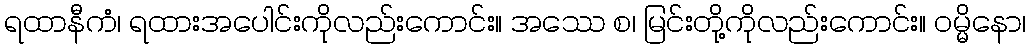
ရထာနီကံ၊ ရထားအပေါင်းကိုလည်းကောင်း။ အဿေ စ၊ မြင်းတို့ကိုလည်းကောင်း။ ဝမ္မိနော၊